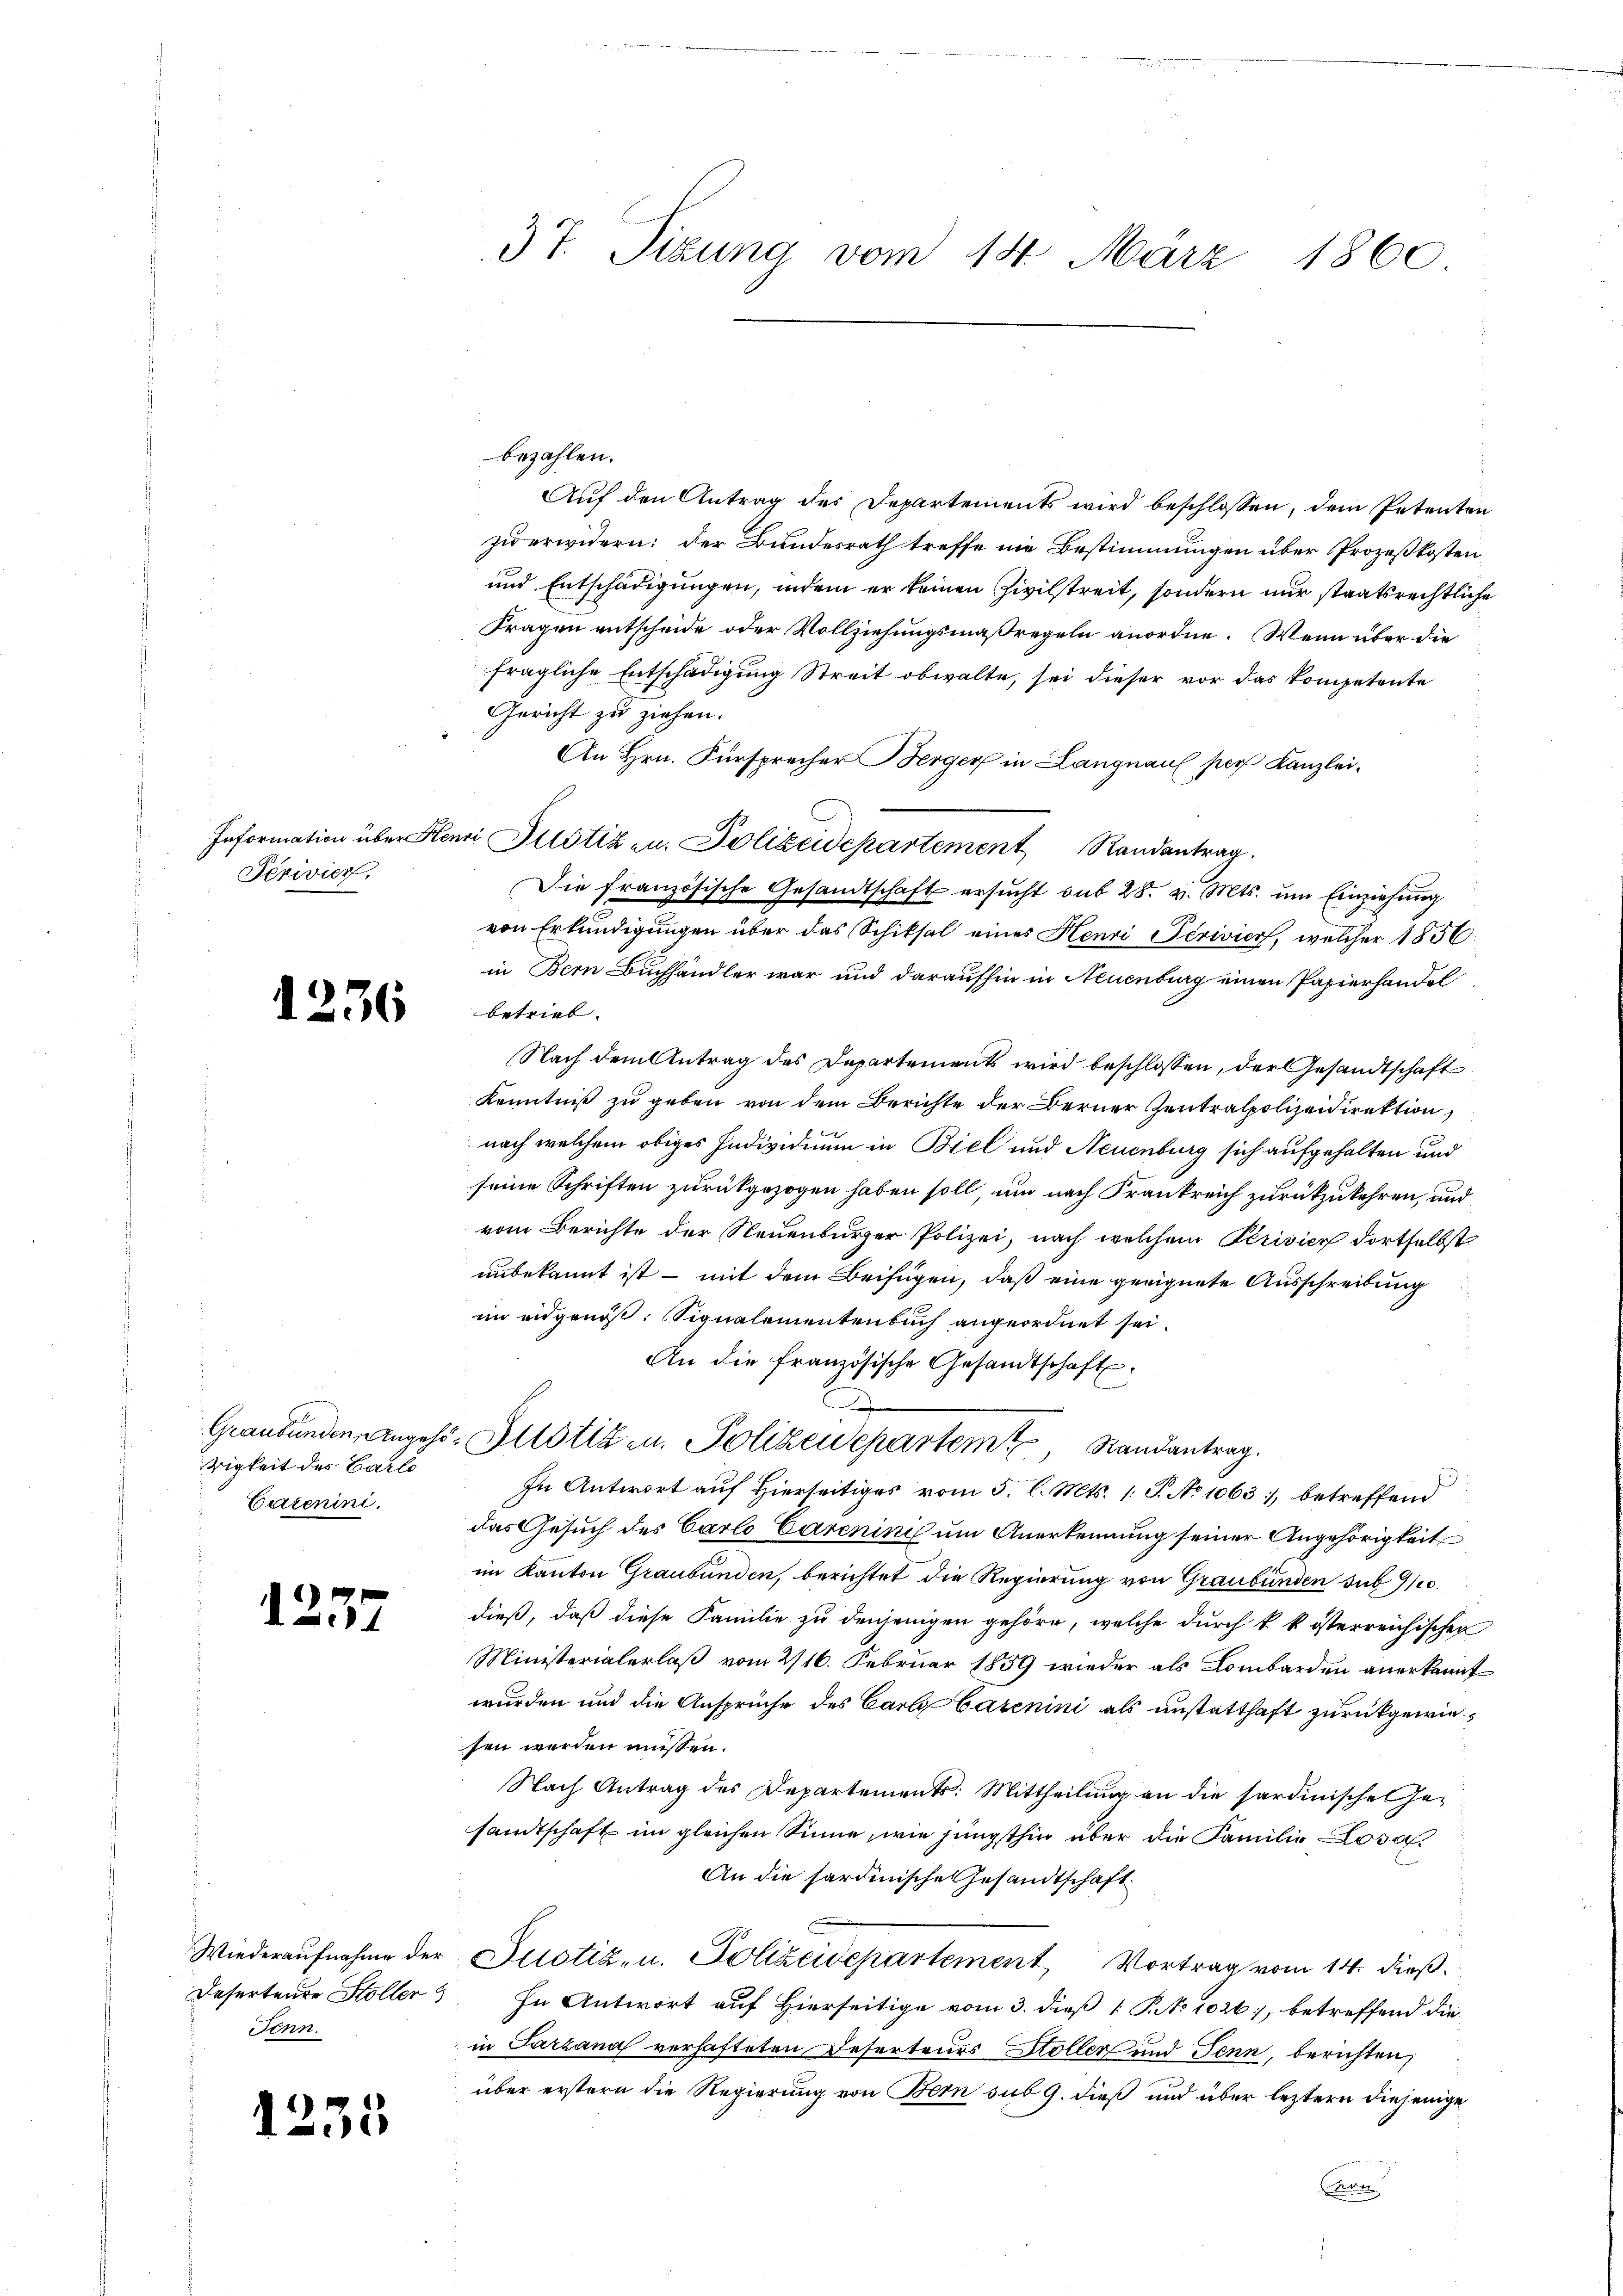
3t. Sizung vom 14. März 1860

bezahlen.
Auf den Antrag des Departements wird beschlossen, dem Petenten
zu erwidern: der Bundesrath treffe nie Bestimmungen über Prozeßkosten
und Entschädigungen, indem er keinen Zivilstreit, sondern nur staatsrechtliche
Fragen entscheide oder Vollziehungsmaßregeln anordne. Wenn über die
fragliche Entschädigung Streit obwalte, sei dieser vor das kompetente
Gericht zu ziehen.
An Hrn. Fürsprecher Berger in Langnau par Kanzlei¬
Lenri Justiz- u. Polizeidepartement Randantrag.
Die französische Gesandtschaft ersucht sub 28. v. Mts. um Einziehung
von Erkundigungen über das Schiksal eines Henri Péviviorf, welcher 1856
in Bern Buchhändler war und daraufhin in Neuenburg einen Papierhandel
betrieb.
Nach dem Antrag des Departements wird beschlossen, der Gesandtschaft
Kenntniß zu geben von dem Berichte der Berner Zentralpolizeidirektion,
nach welchem obiges Individuum in Biel und Neuenburg sich aufgehalten und
seine Schriften zurückgezogen haben soll, um nach Frankreich zurückzukehren, und
vom Berichte der Neuenburger Polizei, nach welchem Privier dortselbst
unbekannt ist – mit dem Beifügen, daß eine geeignete Ausschreibung
im eidgenöß: Signalementenbuch angeordnet sei.
An die französische Gesandtschaft
Graubünden Angeht. Justiz u. Polizeidepartem Randantrag.
In Antwort auf Hierseitiges vom 5. l. Mts. 1. J. No 1063), betreffend
das Gesuch des Carlo Carenini um Anerkennung seiner Angehörigkeit
im Kanton Graubünden, berichtet die Regierung von Graubünden sub 910.
dieß, daß diese Familie zu denjenigen gehöre, welche durch k. k. österreichischen
Ministerialerlaß vom 216. Februar 1859 wieder als Lombarden anerkannt
wurden und die Ansprüche des Carly barenini als anstatthaft zurückgewiesen werden müssen.
Nach Antrag des Departements: Mittheilung an die Sardinischel Jasandtschaft im gleichen Sinne, wie jüngsthin über die Familie Losa¬
An die sardinische Gesandtschaft
Wiederaŭfnahme der Justiz- u. Polizeidepartement, Vortrag vom 14. dieß.
Deserteure Höller 3 In Antwort auf Hierseitige vom 3. dieß 1 S. 1026), betreffend die
in Parzanal verhafteten Deserteurs Stoller und Senn, berichten,
über erstern die Regierung von Bern sub 9. dieß und über leztern diejenige
Bun

Information über
Sérivier.

1236

digkeit des Carlo
Cazenini.

1237

Jenn

1235